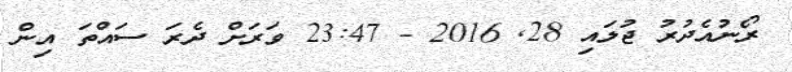
ރޯނުއެދުރު ޖުލައި 28